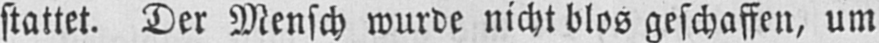
stattet. Der Mensch wurde nicht blos geschaffen, um